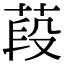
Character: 葮